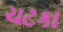
ચટકા